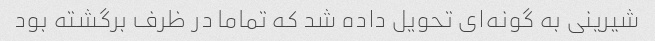
شیرینی به گونه‌ای تحویل داده شد که تماما در ظرف برگشته بود